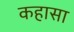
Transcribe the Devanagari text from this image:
कहासा